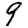
Digit: 9